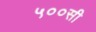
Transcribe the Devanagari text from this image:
५००सी